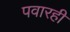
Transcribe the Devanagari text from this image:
पवारही